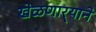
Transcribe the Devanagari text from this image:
खेळणार्‍याने